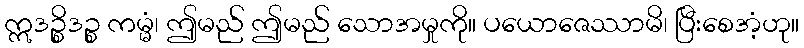
ဣဒဉ္စိဒဉ္စ ကမ္မံ၊ ဤမည် ဤမည် သောအမှုကို။ ပယောဇေဿာမိ၊ ပြီးစေအံ့ဟု။